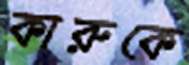
কারুকে